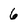
Character: 6